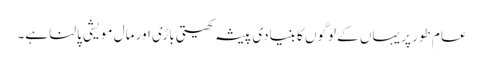
عام طور پر یہاں کے لوگوں کا بنیادی پیشہ کھیتی باڑی اور مال مویشی پالنا ہے۔